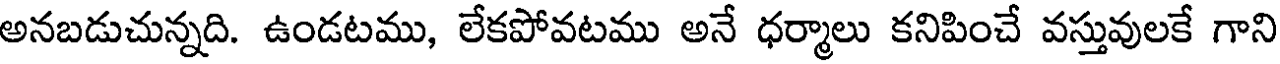
అనబడుచున్నది. ఉండటము, లేకపోవటము అనే ధర్మాలు కనిపించే వస్తువులకే గాని